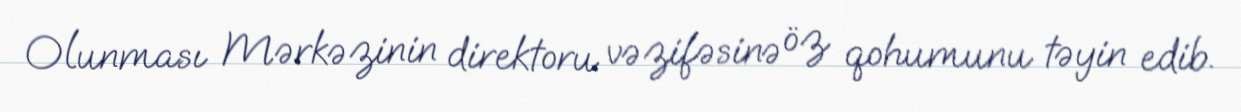
Olunması Mərkəzinin direktoru vəzifəsinə öz qohumunu təyin edib.